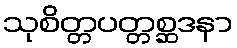
သုစိတ္တပတ္တစ္ဆဒနာ